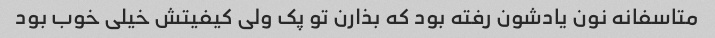
متاسفانه نون یادشون رفته بود که بذارن تو پک ولی کیفیتش خیلی خوب بود